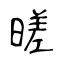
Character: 暛